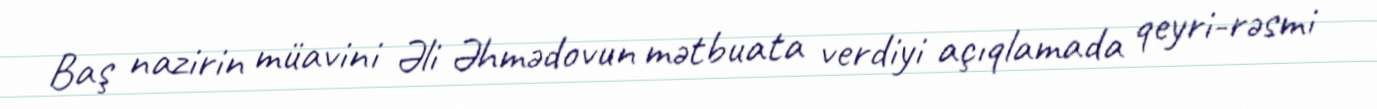
Baş nazirin müavini Əli Əhmədovun mətbuata verdiyi açıqlamada qeyri-rəsmi